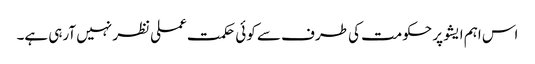
اس اہم ایشو پر حکومت کی طرف سے کوئی حکمت عملی نظر نہیں آرہی ہے۔